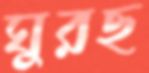
ঘুরছ